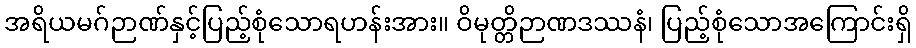
အရိယမဂ်ဉာဏ်နှင့်ပြည့်စုံသောရဟန်းအား။ ဝိမုတ္တိဉာဏဒဿနံ၊ ပြည့်စုံသောအကြောင်းရှိ